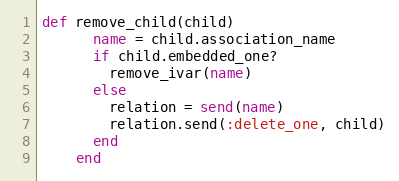
Language: Ruby
def remove_child(child)
      name = child.association_name
      if child.embedded_one?
        remove_ivar(name)
      else
        relation = send(name)
        relation.send(:delete_one, child)
      end
    end